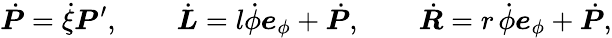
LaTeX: \dot{\boldsymbol{P}}=\dot{\xi}\boldsymbol{P}^{\prime},\qquad\dot{\boldsymbol{L}}=l\dot{\phi}\boldsymbol{e}_{\phi}+\dot{\boldsymbol{P}},\qquad\dot{\boldsymbol{R}}=r\, \dot{\phi}\boldsymbol{e}_{\phi}+\dot{\boldsymbol{P}},